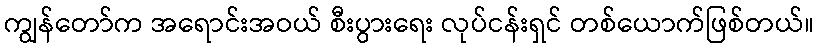
ကျွန်တော်က အရောင်းအဝယ် စီးပွားရေး လုပ်ငန်းရှင် တစ်ယောက်ဖြစ်တယ်။